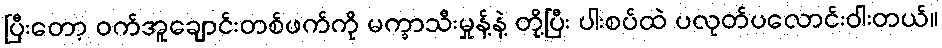
ပြီးတော့ ဝက်အူချောင်းတစ်ဖက်ကို မက္ခာသီးမှုန့်နဲ့ တို့ပြီး ပါးစပ်ထဲ ပလုတ်ပလောင်းဝါးတယ်။